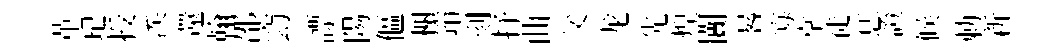
革玘授涘還翰邵𥥆謤陽傴榭笻刻抒曲父龙先煌闠晷寡掌徒恁證候勅新